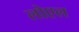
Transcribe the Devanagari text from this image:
लोएल